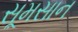
સૂમસાન